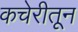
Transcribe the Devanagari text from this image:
कचेरीतून